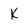
Character: K